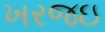
ખરજઇ